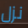
نزل